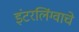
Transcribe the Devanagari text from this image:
इंटरलिंग्वाचे